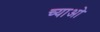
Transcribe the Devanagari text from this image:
च्याओ